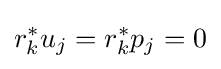
r_{k}^{*}u_{j}=r_{k}^{*}p_{j}=0